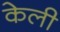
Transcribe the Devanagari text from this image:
केली